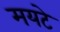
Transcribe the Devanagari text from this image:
मयटे